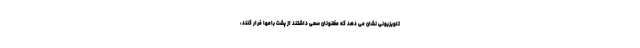
تلویزیونی نشان می دهد که مظنونان سعی داشتند از پشت بامها فرار کنند،